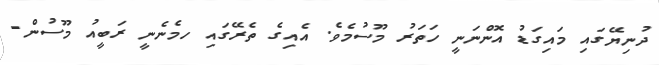
ދުނިޔޭގައި މައިގަޑު އޮންނަނީ ހަތަރު މޫސުމެވެ. އެއިގެ ތެރޭގައި ހމެނެނީ ރަބީއު މޫސުން-